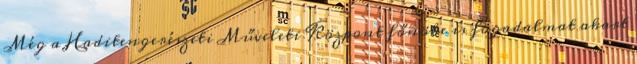
Még a Haditengerészeti Műveleti Központ főnöke is fogadalmat akart